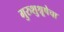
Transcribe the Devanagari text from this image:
गुरुशुश्रूषेचा